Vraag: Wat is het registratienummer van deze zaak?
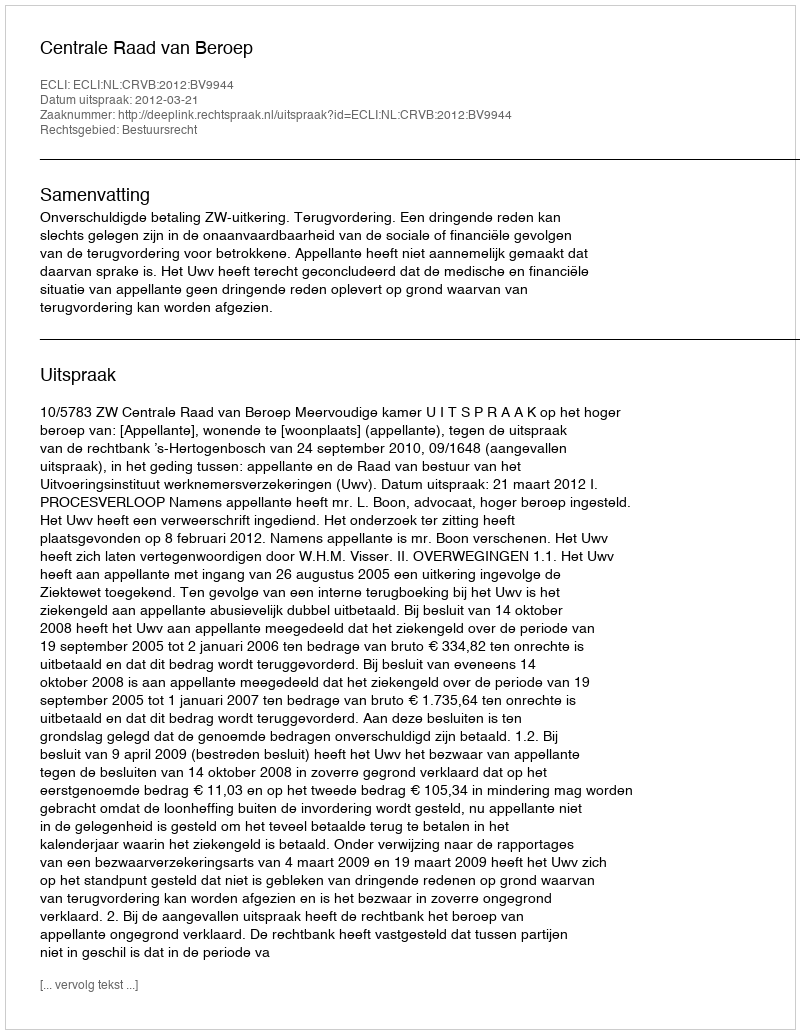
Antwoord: http://deeplink.rechtspraak.nl/uitspraak?id=ECLI:NL:CRVB:2012:BV9944